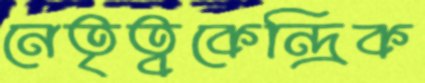
নেতৃত্বকেন্দ্রিক